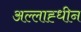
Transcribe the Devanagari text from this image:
अल्लाह्धीन